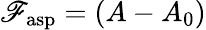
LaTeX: \mathscr{F}_{\mathrm{{asp}}}=(A-A_{0})